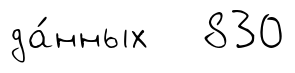
да́нных 830